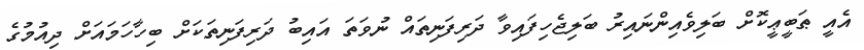
އެއީ ޠަބީޢީކޮށް ބަލިވެއިންނައިރު ބަލިޖެހިފައިވާ ދަރިފަނިތައް ނުވަތަ އައިބު ދަރިފަނިތަކަށް ބިހާހަމައަށް ދިއުމުގެ